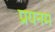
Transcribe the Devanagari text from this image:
प्रयनम